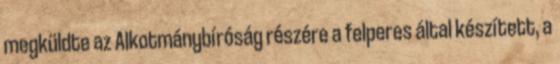
megküldte az Alkotmánybíróság részére a felperes által készített, a